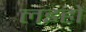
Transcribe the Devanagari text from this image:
लइहों